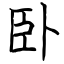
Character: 卧